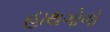
હાથગોળો